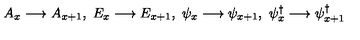
A _ { x } \longrightarrow A _ { x + 1 } , \ E _ { x } \longrightarrow E _ { x + 1 } , \ \psi _ { x } \longrightarrow \psi _ { x + 1 } , \ \psi _ { x } ^ { \dag } \longrightarrow \psi _ { x + 1 } ^ { \dag }